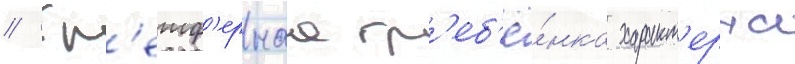
// Гр'еиф'ернаа гр'еб'ё́нка характ'ерна